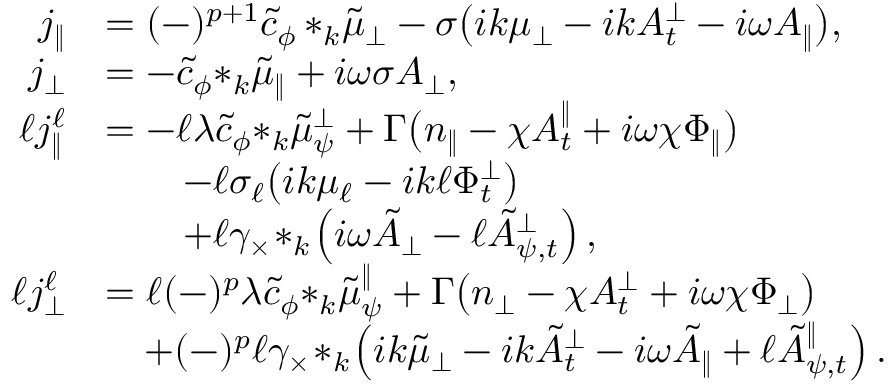
\begin{array} { r l } { j _ { \| } } & { = ( - ) ^ { p + 1 } \tilde { c } _ { \phi } \, { * _ { k } \tilde { \mu } _ { \perp } } - \sigma \big ( i k { \mu _ { \perp } } - i k A _ { t } ^ { \perp } - i \omega A _ { \| } \big ) , } \\ { j _ { \perp } } & { = - \tilde { c } _ { \phi } { * _ { k } \tilde { \mu } _ { \| } } + i \omega \sigma A _ { \perp } , } \\ { \ell j _ { \| } ^ { \ell } } & { = - \ell \lambda \tilde { c } _ { \phi } { * _ { k } \tilde { \mu } _ { \psi } ^ { \perp } } + \Gamma \big ( n _ { \| } - \chi A _ { t } ^ { \| } + i \omega \chi \Phi _ { \| } \big ) } \\ & { \qquad - \ell \sigma _ { \ell } \big ( i k \mu _ { \ell } - i k \ell \Phi _ { t } ^ { \perp } \big ) } \\ & { \qquad + \ell \gamma _ { \times } \! * _ { k } \! \left( i \omega { \tilde { A } _ { \perp } } - \ell { \tilde { A } _ { \psi , t } ^ { \perp } } \right) , } \\ { \ell j _ { \perp } ^ { \ell } } & { = \ell ( - ) ^ { p } \lambda \tilde { c } _ { \phi } { * _ { k } \tilde { \mu } _ { \psi } ^ { \| } } + \Gamma \big ( n _ { \perp } - \chi A _ { t } ^ { \perp } + i \omega \chi \Phi _ { \perp } \big ) } \\ & { \quad + ( - ) ^ { p } \ell \gamma _ { \times } \! * _ { k } \! \left( i k { \tilde { \mu } _ { \perp } } - i k { \tilde { A } _ { t } ^ { \perp } } - i \omega { \tilde { A } _ { \| } } + \ell { \tilde { A } _ { \psi , t } ^ { \| } } \right) . } \end{array}